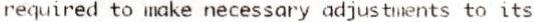
REQUIRED TO MAKE NECESSARY ADJUSTMENTS TO ITS